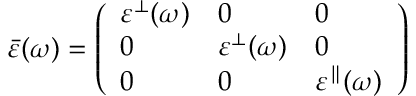
\begin{array} { r } { \bar { \varepsilon } ( \omega ) = \left( \begin{array} { l l l } { \varepsilon ^ { \bot } ( \omega ) } & { 0 } & { 0 } \\ { 0 } & { \varepsilon ^ { \bot } ( \omega ) } & { 0 } \\ { 0 } & { 0 } & { \varepsilon ^ { \parallel } ( \omega ) } \end{array} \right) } \end{array}